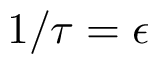
1 / \tau = \epsilon